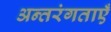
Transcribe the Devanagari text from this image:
अन्तरंगताएँ